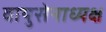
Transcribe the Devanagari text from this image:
वायुसेनाध्यक्ष